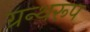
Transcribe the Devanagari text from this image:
ग्रन्थरूप